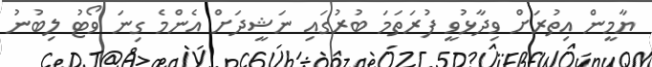
ޔާމީން އިތުރަށް ވިދާޅުވީ ފުރަތަމަ ބުރުގައި ނަޝީދަށް އެންމެ ގިނަ ވޯޓު ލިބުނު